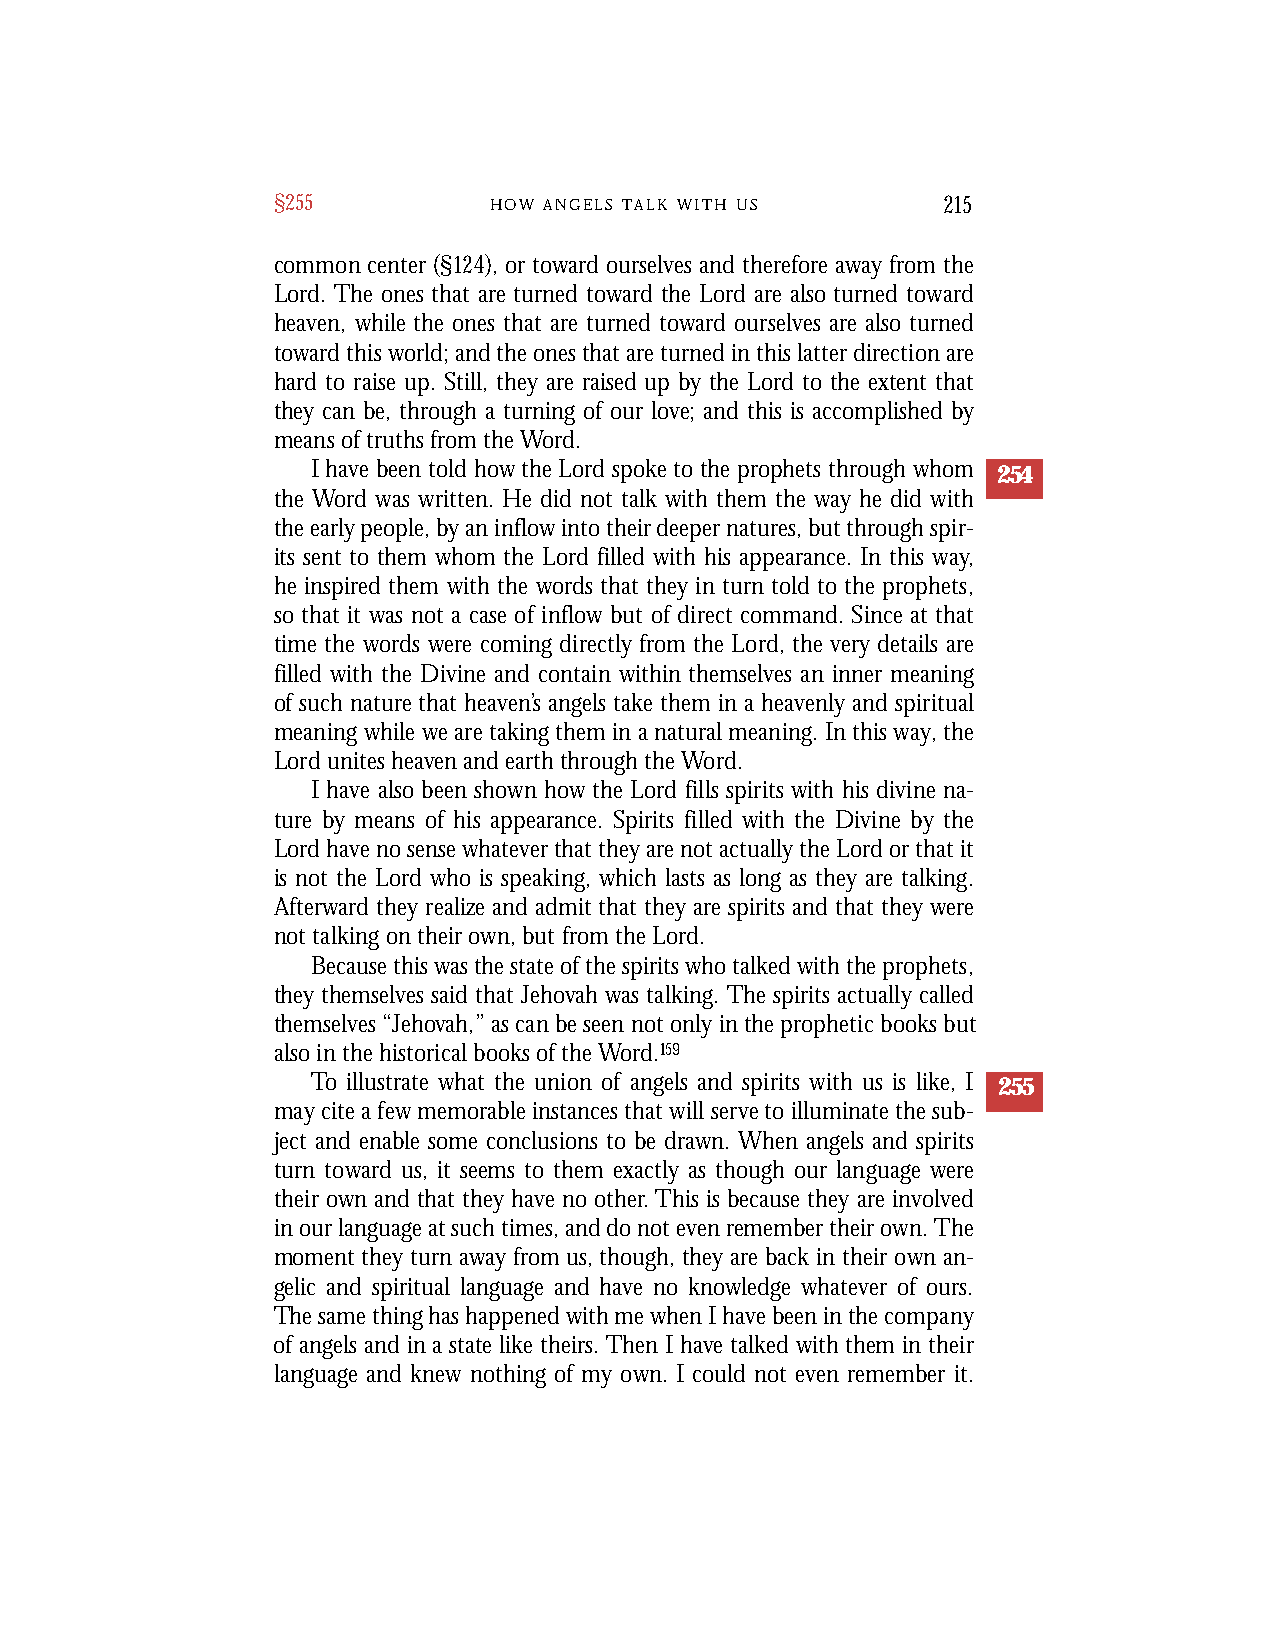
§255          H O W A N G E L S T A L K W I T H U S 215
 common center (§124), or toward ourselves and therefore away from the
 Lord. The ones that are turned toward the Lord are also turned toward
 heaven, while the ones that are turned toward ourselves are also turned
 toward this world; and the ones that are turned in this latter direction are
 hard to raise up. Still, they are raised up by the Lord to the extent that
 they can be, through a turning of our love; and this is accomplished by
 means of truths from the Word.
 I have been told how the Lord spoke to the prophets through whom 254
 the Word was written. He did not talk with them the way he did with
 the early people, by an inflow into their deeper natures, but through spir-
 its sent to them whom the Lord filled with his appearance. In this way,
 he inspired them with the words that they in turn told to the prophets,
 so that it was not a case of inflow but of direct command. Since at that
 time the words were coming directly from the Lord, the very details are
 filled with the Divine and contain within themselves an inner meaning
 of such nature that heaven’s angels take them in a heavenly and spiritual
 meaning while we are taking them in a natural meaning. In this way, the
 Lord unites heaven and earth through the Word.
 I have also been shown how the Lord fills spirits with his divine na-
 ture by means of his appearance. Spirits filled with the Divine by the
 Lord have no sense whatever that they are not actually the Lord or that it
 is not the Lord who is speaking, which lasts as long as they are talking.
 Afterward they realize and admit that they are spirits and that they were
 not talking on their own, but from the Lord.
 Because this was the state of the spirits who talked with the prophets,
 they themselves said that Jehovah was talking. The spirits actually called
 themselves “Jehovah,” as can be seen not only in the prophetic books but
 also in the historical books of the Word.159
 To illustrate what the union of angels and spirits with us is like, I 255
 may cite a few memorable instances that will serve to illuminate the sub-
 ject and enable some conclusions to be drawn. When angels and spirits
 turn toward us, it seems to them exactly as though our language were
 their own and that they have no other.This is because they are involved
 in our language at such times, and do not even remember their own. The
 moment they turn away from us, though, they are back in their own an-
 gelic and spiritual language and have no knowledge whatever of ours.
 The same thing has happened with me when I have been in the company
 of angels and in a state like theirs. Then I have talked with them in their
 language and knew nothing of my own. I could not even remember it.